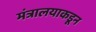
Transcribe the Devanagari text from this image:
मंत्रालयाकडून